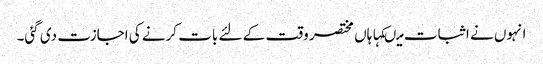
انہوں نے اثبات میںکہا ہاں مختصر وقت کے لئے بات کرنے کی اجازت دی گئی۔